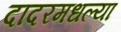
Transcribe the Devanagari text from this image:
दादरमधल्या